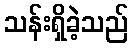
သန်းရှိခဲ့သည်